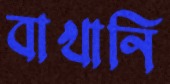
বাখানি